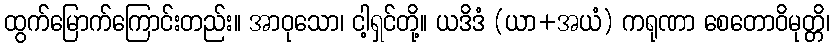
ထွက်မြောက်ကြောင်းတည်း။ အာဝုသော၊ ငါ့ရှင်တို့။ ယဒိဒံ (ယာ+အယံ) ကရုဏာ စေတောဝိမုတ္တိ၊